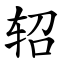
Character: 轺